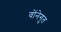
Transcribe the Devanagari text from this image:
वोंनेगुत